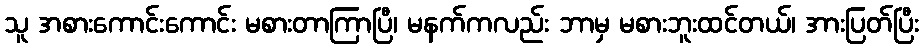
သူ အစားကောင်းကောင်း မစားတာကြာပြီ၊ မနက်ကလည်း ဘာမှ မစားဘူးထင်တယ်၊ အားပြတ်ပြီး